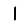
Digit: 1